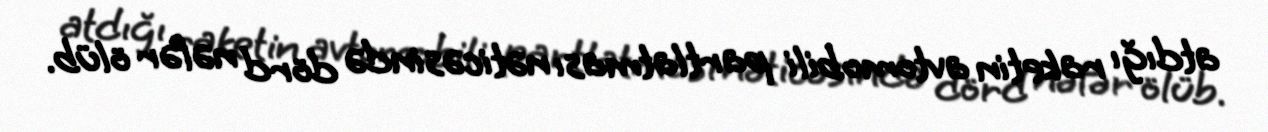
atdığı raketin avtomobili partlatması nəticəsində dörd nəfər ölüb.